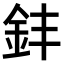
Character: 𫒊